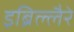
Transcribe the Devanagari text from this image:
इब्रिल्लैरे